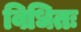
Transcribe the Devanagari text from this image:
विधितः